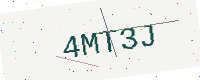
Text: 4MT3J